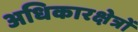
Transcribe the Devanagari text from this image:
अधिकारक्षेत्रों